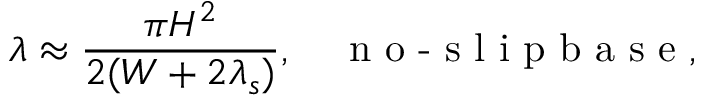
\lambda \approx \frac { \pi H ^ { 2 } } { 2 ( W + 2 \lambda _ { s } ) } , ~ ~ ~ \textrm { n o - s l i p b a s e } ,